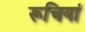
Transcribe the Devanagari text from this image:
रूचियां